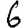
Digit: 6